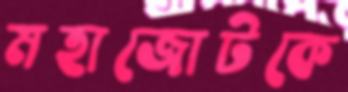
মহাজোটকে